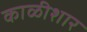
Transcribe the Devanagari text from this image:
काळीशार